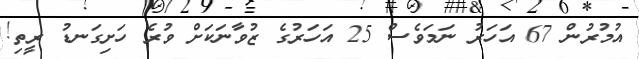
އުމުރުން 67 އަހަރު ނަމަވެސް 25 އަހަރުގެ ޒުވާނަކަށް ވުރެ ހަށިގަނޑު ރީތި!